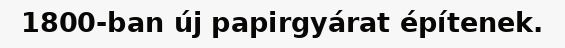
1800-ban új papirgyárat építenek.